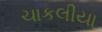
ચાકલીયા